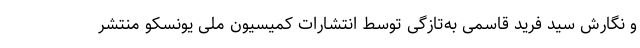
و نگارش سید فرید قاسمی به‌تازگی توسط انتشارات کمیسیون ملی یونسکو منتشر